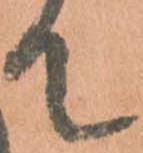
て